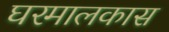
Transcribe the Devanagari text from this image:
घरमालकास